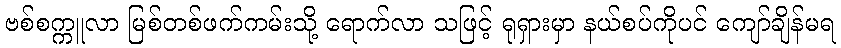
ဗစ်စက္ကူလာ မြစ်တစ်ဖက်ကမ်းသို့ ရောက်လာ သဖြင့် ရုရှားမှာ နယ်စပ်ကိုပင် ကျော်ချိန်မရ